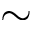
\sim